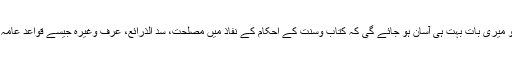
اگر آپ کو اصول فقہ سے شغف ہے تو میری بات بہت ہی آسان ہو جائے گی کہ کتاب وسنت کے احکام کے نفاذ میں مصلحت، سد الذرائع، عرف وغیرہ جیسے قواعد عامہ کا لحاظ رکھنا شریعت سے ثابت ہے۔